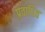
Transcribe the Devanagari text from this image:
प्रवाधित